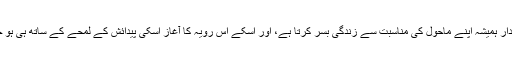
ایک جاندار ہمیشہ اپنے ماحول کی مناسبت سے زندگی بسر کرتا ہے، اور اسکے اس رویہ کا آغاز اسکی پیدائش کے لمحے کے ساتھ ہی ہو جاتا ہے۔